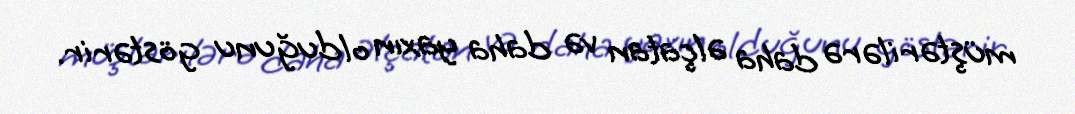
müştərilərə daha əlçatan və daha yaxın olduğunu göstərir.